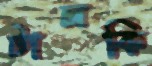
টালকি